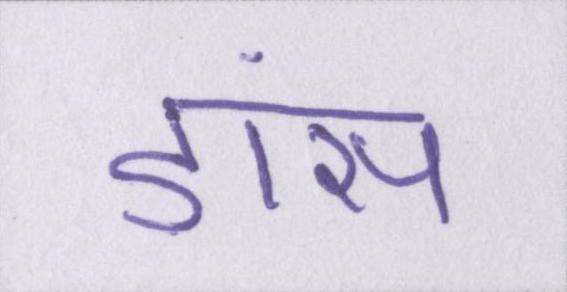
डांस